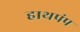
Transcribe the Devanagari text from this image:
हाथपंप